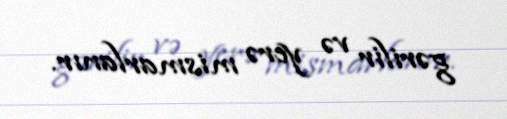
gərilir və yerə mismarlanır.